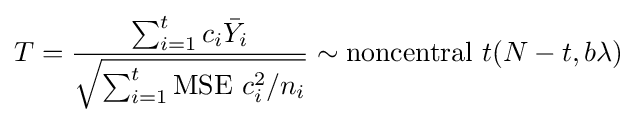
T={\frac {\sum _{i=1}^{t}c_{i}{\bar {Y}}_{i}}{\sqrt {\sum _{i=1}^{t}{\text{MSE }}c_{i}^{2}/n_{i}}}}\sim {\text{noncentral }}t(N-t,b\lambda )